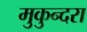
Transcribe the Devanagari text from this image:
मुकुन्दरा